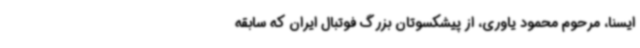
ایسنا، مرحوم محمود یاوری، از پیشکسوتان بزرگ فوتبال ایران که سابقه